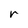
Character: r